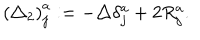
\left( \triangle _ { 2 } \right) _ { j } ^ { a } : = - \triangle \delta _ { j } ^ { a _ { { } } ^ { { } } } + 2 R _ { j } ^ { a } .